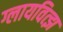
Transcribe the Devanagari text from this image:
ग्लायवित्झ